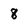
Character: 8